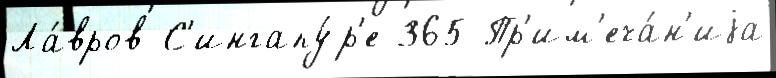
Ла́вров С'ингапу́р'е 365 Пр'им'еча́н'иjа